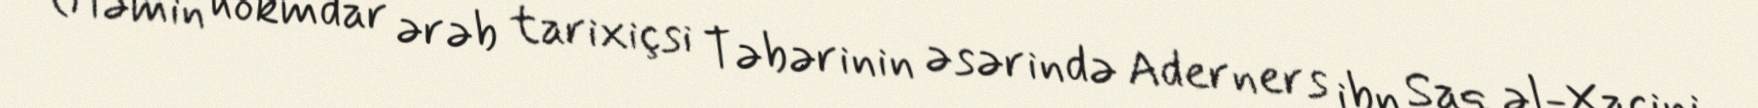
(Həmin hökmdar ərəb tarixiçsi Təbərinin əsərində Aderners ibn Saq əl-Xaçini